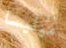
ميليسا